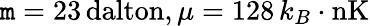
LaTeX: \mathtt{m}=23\, {\mathrm{{dalton}}},\mu=128\, k_{B}\cdot{\mathrm{{nK}}}